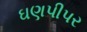
ઘણપીપર